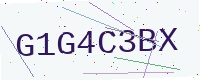
Text: G1G4C3BX